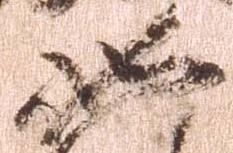
如